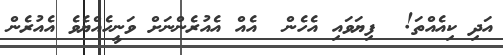
އަދި ކިއެއްތަ!  ފިޔަވައި އެހެން  އެއް އެއުރެންނަށް ވަނީހެއްޔެވެ އެއުރެން